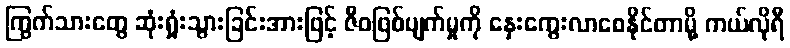
ကြွက်သားတွေ ဆုံးရှုံးသွားခြင်းအားဖြင့် ဇီဝဖြစ်ပျက်မှုကို နှေးကွေးလာစေနိုင်တာမို့ ကယ်လိုရီ